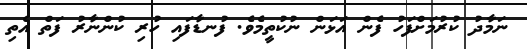
ނަމާދު ކުރުމަށްފަހު ފެން އަޅަން ނުކުތީމެވެ. ފުނޑާފައި ހުރި ކުންނާރު ފަތް އެތި